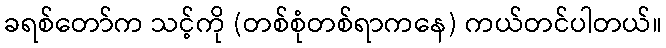
ခရစ်တော်က သင့်ကို (တစ်စုံတစ်ရာကနေ) ကယ်တင်ပါတယ်။